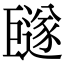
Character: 𪩩